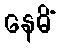
နေမိံ